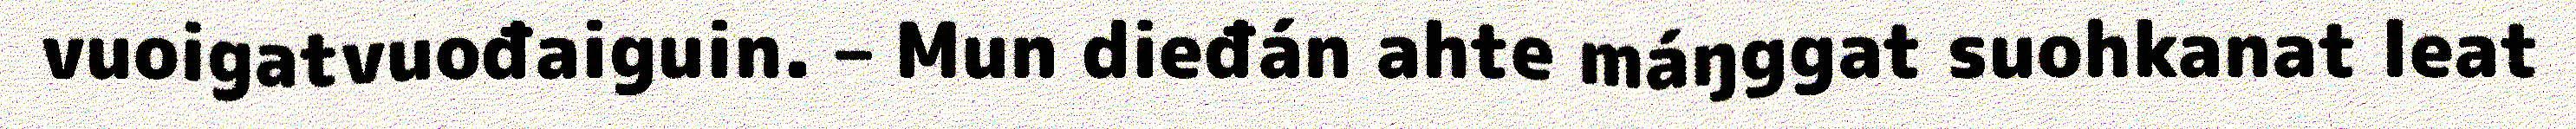
vuoigatvuođaiguin. – Mun dieđán ahte máŋggat suohkanat leat